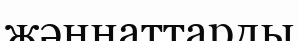
жәннаттарды